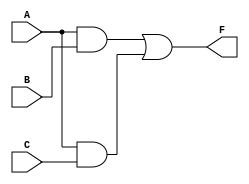
module simplified_comb_logic (
    input wire A,
    input wire B,
    input wire C,
    output wire F
);

// Intermediate signals
wire AB;  // AND gate output for A and B
wire AC;  // AND gate output for A and C

// Implement the combinational logic
// Step 1: Calculate AB
assign AB = A & B;

// Step 2: Calculate AC
assign AC = A & C;

// Step 3: Final output F is the OR of AB and AC
assign F = AB | AC;

endmodule